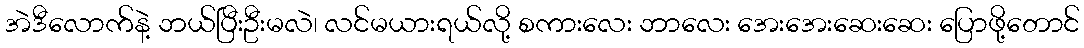
အဲဒီလောက်နဲ့ ဘယ်ပြီးဦးမလဲ၊ လင်မယားရယ်လို့ စကားလေး ဘာလေး အေးအေးဆေးဆေး ပြောဖို့တောင်